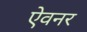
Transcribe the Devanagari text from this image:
ऐवनर